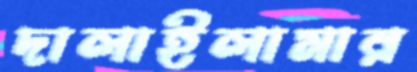
দালাইলামার